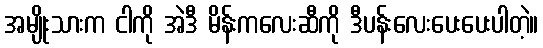
အမျိုးသားက ငါကို အဲဒီ မိန်းကလေးဆီကို ဒီပန်းလေးပေးပေးပါတဲ့။